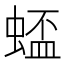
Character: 𫋋